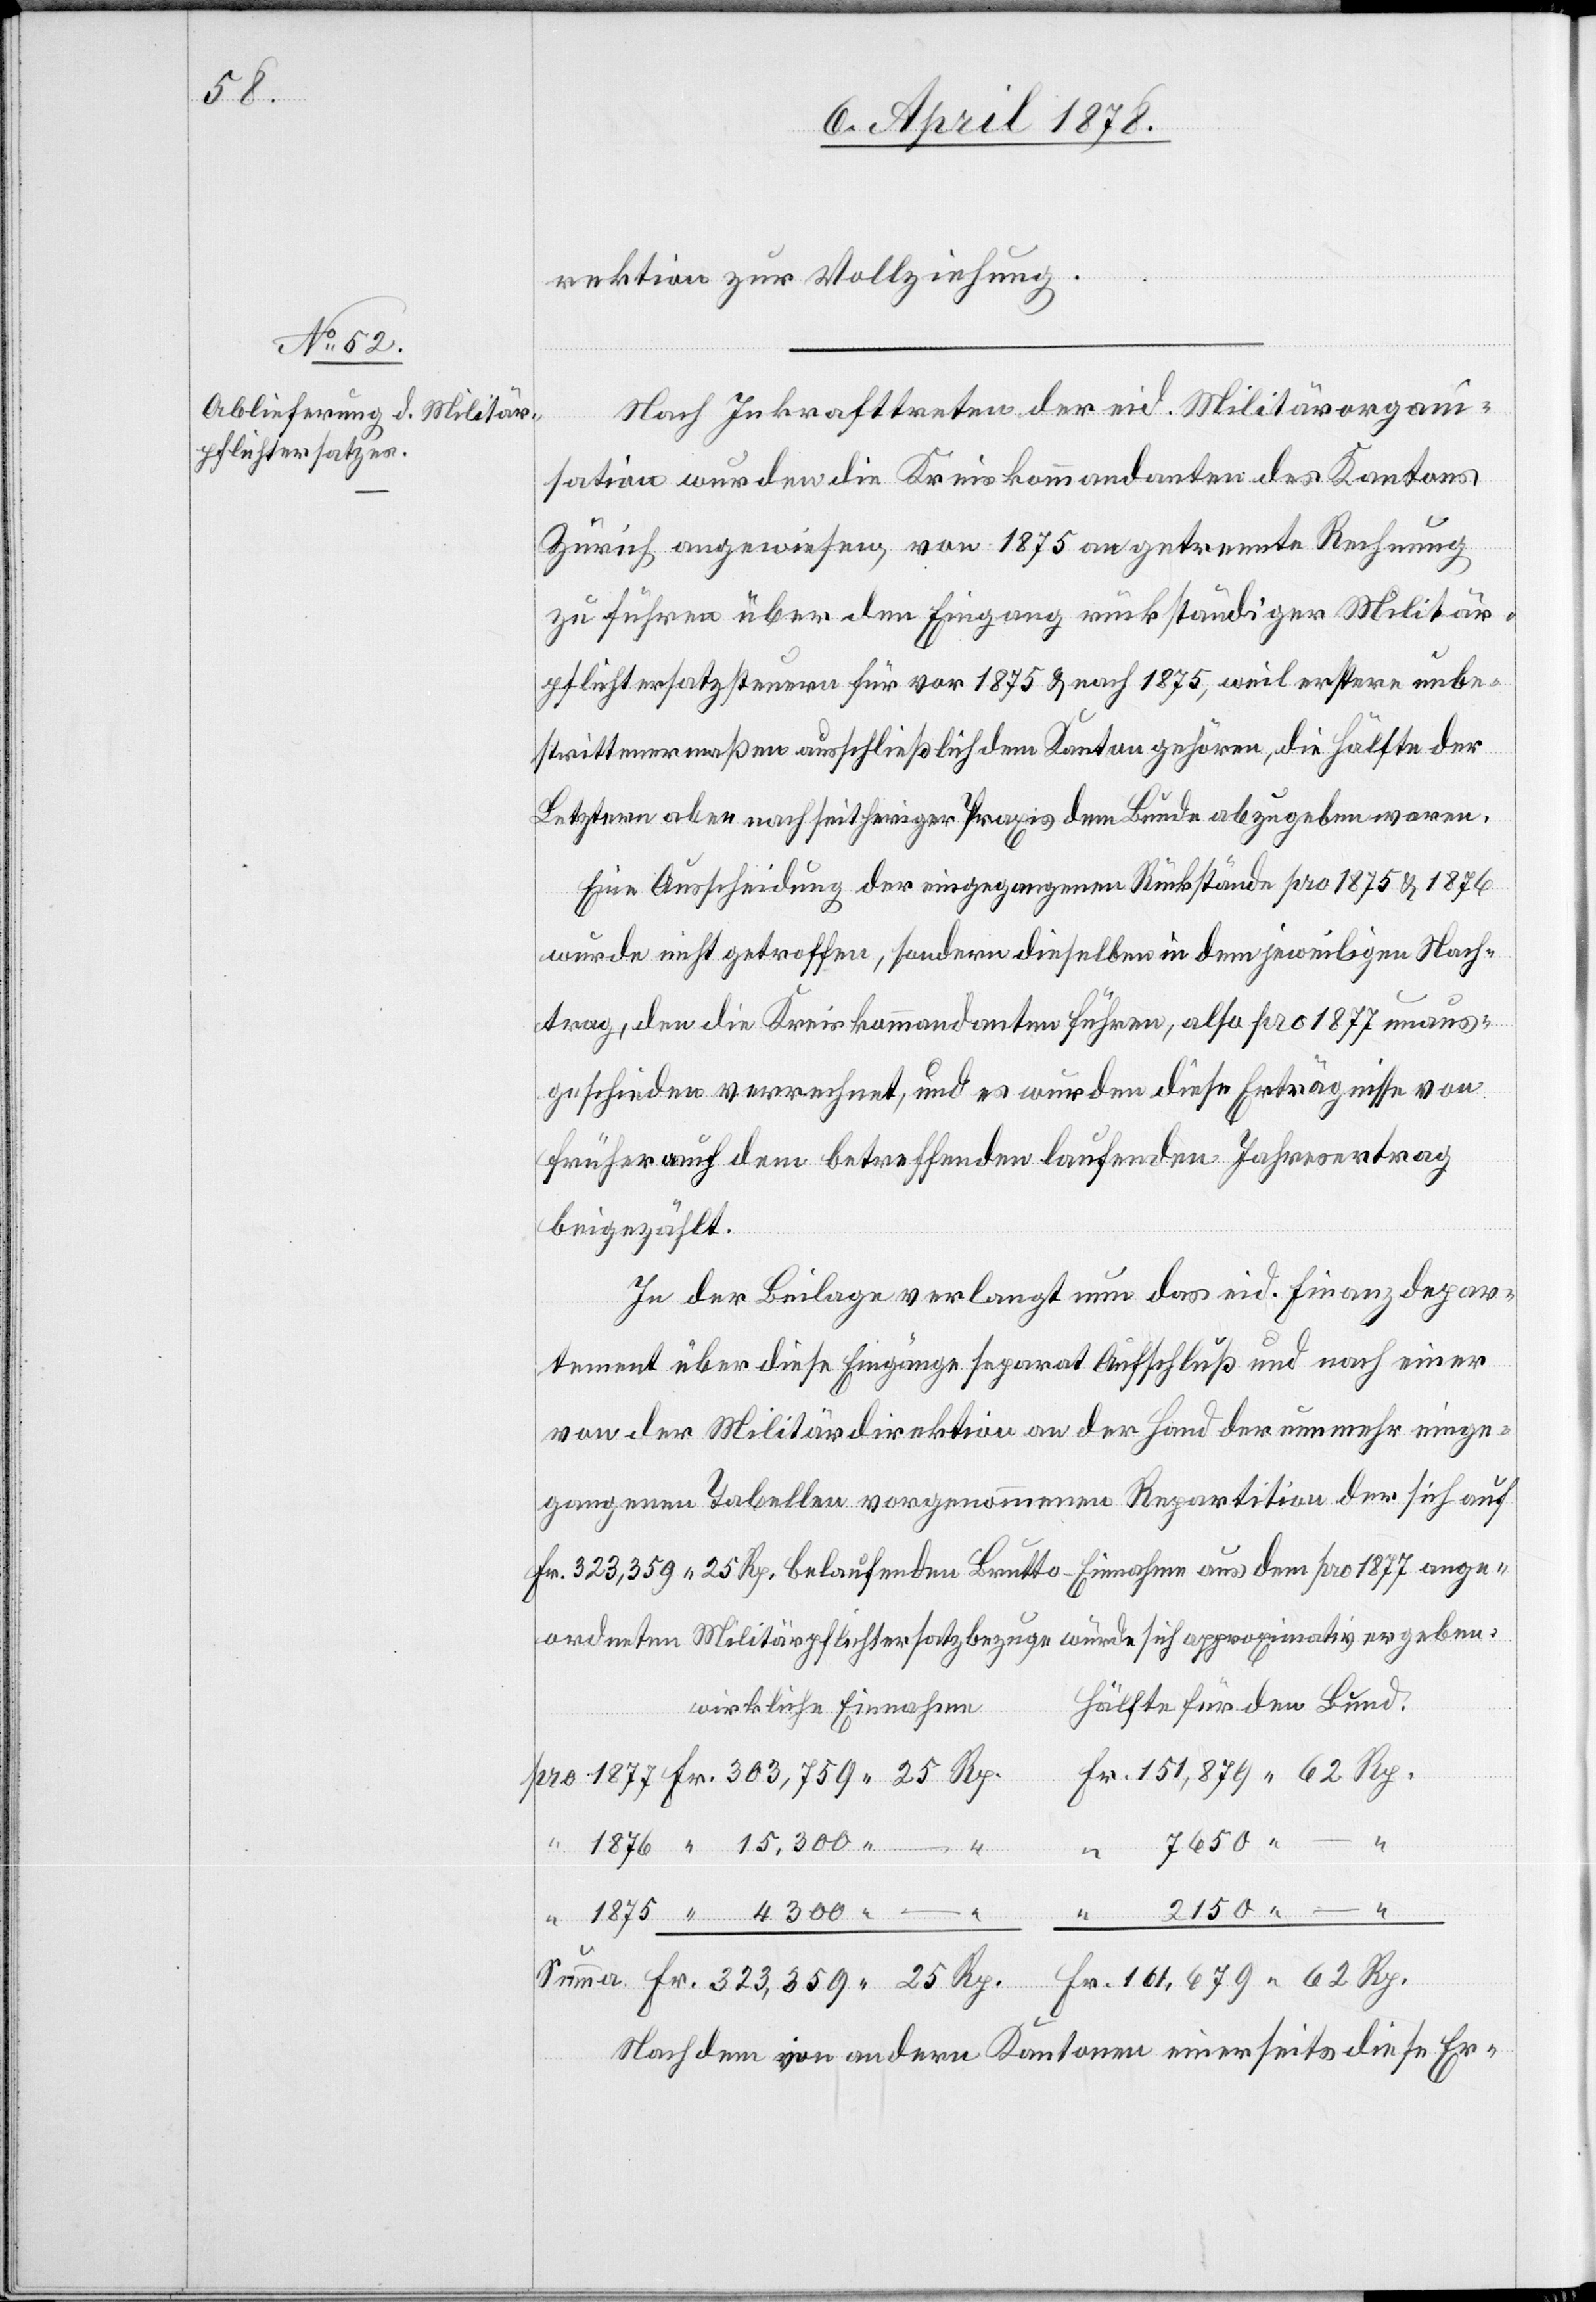
Fr.

rektion zur Vollziehung.
Nach Inkrafttreten der eid. Militärorgan¬
isation wurden die Kreiskommandanten des Kantons
Zürich angewiesen, von 1875 an getrennte Rechnung
zu führen über den Eingang rückständiger Militär¬
pflichtersatzsteuern für vor 1875 & nach 1875, weil erstere unbe¬
strittenermaßen ausschließlich dem Kanton gehören, die Hälfte der
Letztern aber nach seitheriger Praxis dem Bunde abzugeben waren.
Eine Ausscheidung der eingegangenen Rückstände pro 1875 & 1876
wurde nicht getroffen, sondern dieselben in dem jeweiligen Nach¬
trag, den die Kreiskommandanten führen, also pro 1877 unaus¬
geschieden verrechnet und es wurden diese Erträgnisse von
früher auch dem betreffenden laufenden Jahresertrag
beigezählt.
In der Beilage verlangt nun das eid. Finanzdepar¬
tement über diese Eingänge separat Aufschluß und nach einer
von der Militärdirektion an der Hand der nunmehr einge¬
gangenen Tabellen vorgenommenen Repartition der sich auf
Fr. 323,359 25 Rp. belaufenden Bruttoeinnahmen aus dem pro 1877 ange¬
ordneten Militärpflichtersatzbezuge würde sich approximativ ergeben:
Hälfte für den Bund.
wirkliche Einnahmen
4300. –
25
“
2150. –
Nachdem von andern Kantonen einerseits diese Er-